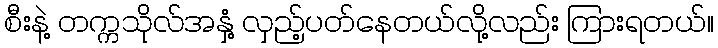
စီးနဲ့ တက္ကသိုလ်အနှံ့ လှည့်ပတ်နေတယ်လို့လည်း ကြားရတယ်။